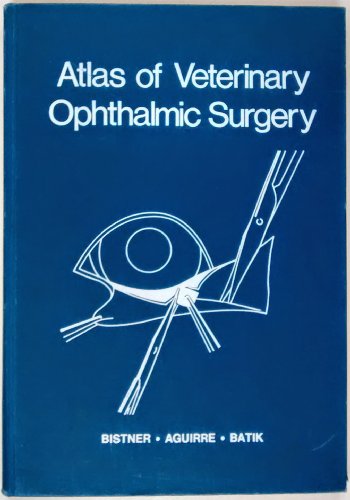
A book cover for Atlas of Veterinary Ophthalmic Surgery; Stephen I. Bistner; Medical Books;